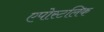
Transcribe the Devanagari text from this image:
एपोस्टलिक